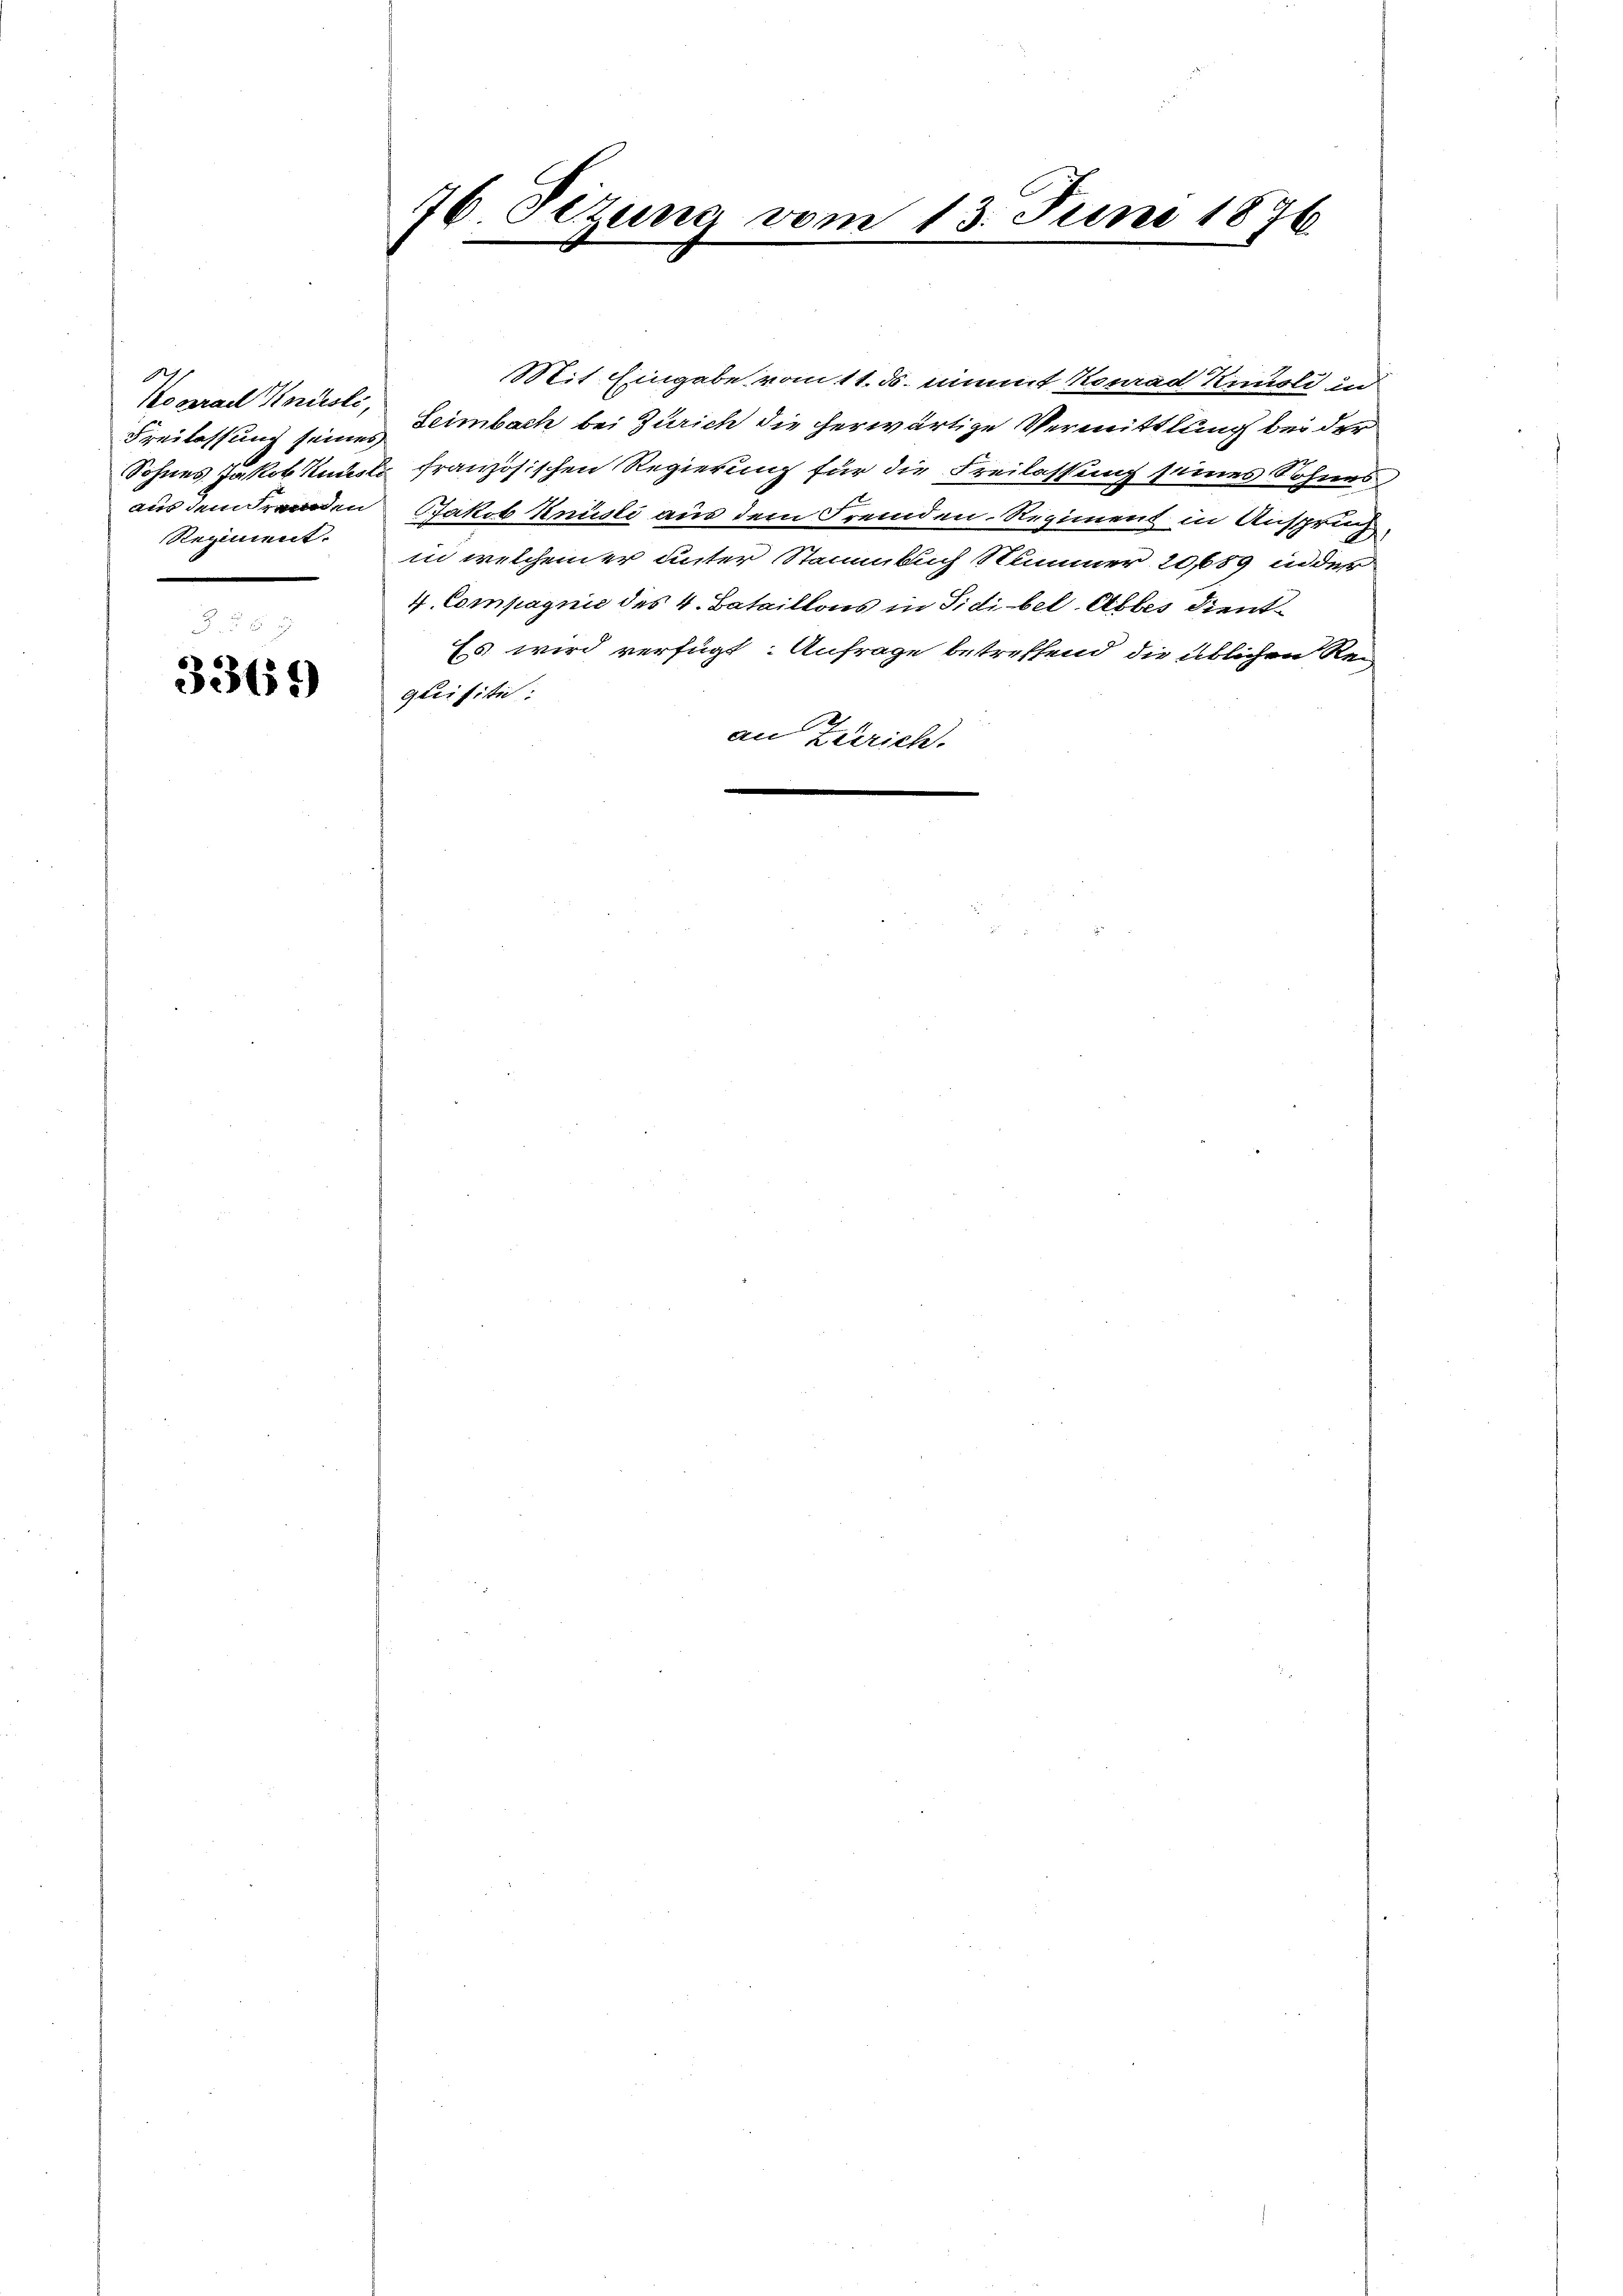
Konrad Knüsli,
Regiment.

3369

76. Sitzung vom 13. Juni 1876.
e
e
4

Mit Eingabe vom 11. ds. nimmt Konrad Kisli
Freilassung seines Leimbach bei Zürich die herwärtige Vermittlung bei der
Sohnes Jakob Knüsli französischen Regierung für die Freilassung seines Sohnes
aus dem Fremden Jakob Knüsli aus dem Fremden-Regiment in Anspruch
in welchem er unter Stammbuch Stimmer 20689 in der
4. Compagnie des 4. Bataillons in Sidi bel. Abbes Dient
Es wird verfügt: Anfrage betreffend die üblichen Rei
quisiti
an Zürich.
—